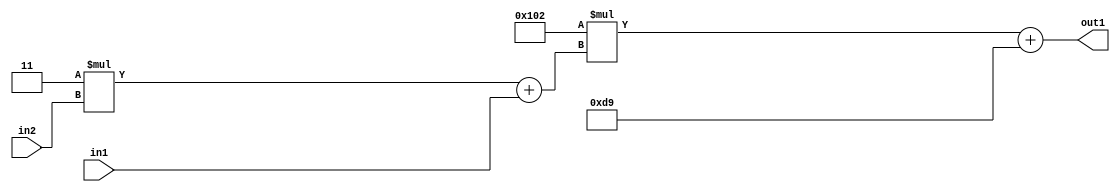
`timescale 1ps / 1ps
/*****************************************************************************
    Verilog RTL Description
    
    
    Created by: Stratus DpOpt 2019.1.01 
*******************************************************************************/

module DC_Filter_Add2i217Mul2i258Add2u1Mul2i3u2_1 (
	in2,
	in1,
	out1
	); /* architecture "behavioural" */ 
input [1:0] in2;
input  in1;
output [11:0] out1;
wire [11:0] asc001;
wire [3:0] asc002;

wire [3:0] asc002_tmp_0;
assign asc002_tmp_0 = 
	+(4'B0011 * in2);
assign asc002 = asc002_tmp_0
	+(in1);

wire [11:0] asc001_tmp_1;
assign asc001_tmp_1 = 
	+(12'B000100000010 * asc002);
assign asc001 = asc001_tmp_1
	+(12'B000011011001);

assign out1 = asc001;
endmodule

/* CADENCE  v7X0Sw0= : u9/ySgnWtBlWxVPRXgAZ4Og= ** DO NOT EDIT THIS LINE ******/